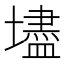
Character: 壗